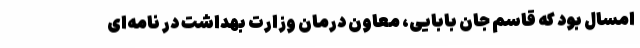
امسال بود که قاسم جان بابایی، معاون درمان وزارت بهداشت در نامه‌ای